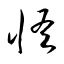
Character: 怪